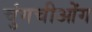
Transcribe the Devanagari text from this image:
चुंगचीओंग